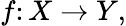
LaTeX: f\colon X\to Y,